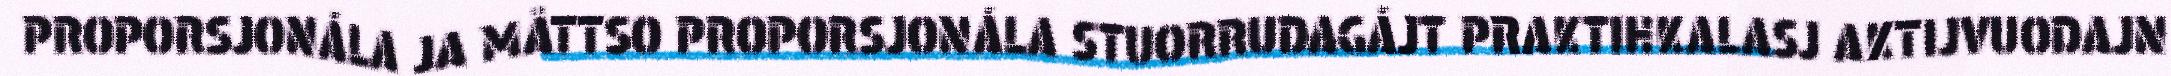
PROPORSJONÁLA JA MÅTTSO PROPORSJONÁLA STUORRUDAGÁJT PRAKTIHKALASJ AKTIJVUODAJN